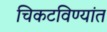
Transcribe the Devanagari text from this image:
चिकटविण्यांत